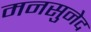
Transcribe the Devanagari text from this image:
मनसुनेद